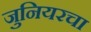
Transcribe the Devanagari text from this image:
जुनियरचा